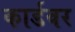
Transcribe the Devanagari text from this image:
कार्डवर